Vaccination in Burma 1900-1911 - 1900-1911
Year: 1900
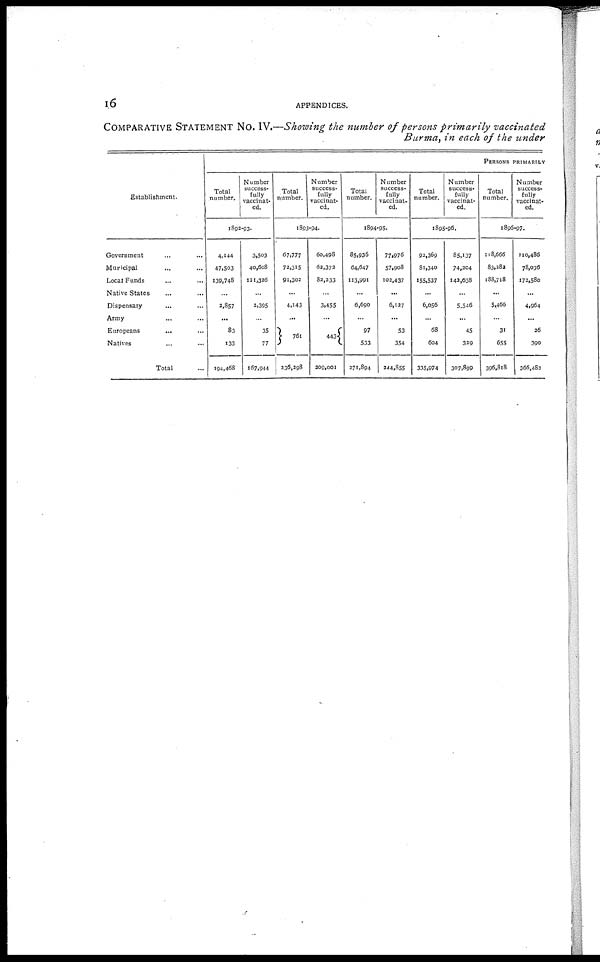
16
APPENDICES.
COMPARATIVE STATEMENT NO. IV.—Showing the number of persons primarily vaccinated
Burma, in each of the under
Establishment.
Government ... ...
Municipal ... ...
Local Funds ... ...
Native States ... ...
Dispensary ... ...
Army ... ...
Europeans
... ...
Natives
Total ...
PERSONS PRIMARILY
Total
number.
Number
success-
fully
vaccinat-
ed.
1892-93.
4,144
47,503
139,748
...
3,857
...
83
133
194,468
3,503
40,608
121,326
...
2,395
...
35
77
167,944
Total
number.
Number
success-
fully
vaccinat-
ed.
1893-94.
67,777
72,315
91,302
...
4,143
...
761
236,298
60,498
62,372
82,233
...
3,455
...
443
209,001
Total
number.
Number
success-
fully
vaccinat-
ed.
1894-95.
85,936
64,647
113,991
...
6,690
...
97
533
271,894
77,976
57,908
102,437
...
6,127
...
53
354
344,855
Total
number.
Number
success-
fully
vaccinat-
ed.
1895-96.
92,369
81,340
155,537
...
6,056
...
68
604
335,974
85,137
74,204
142,638
...
5,546
...
45
329
307,899
Total
number.
Number
success-
fully
vaccinat-
ed.
1896-97.
118,666
83,282
188,718
...
5,466
...
31
655
396,818
110,486
78,036
172,580
...
4,964
...
26
390
366,482